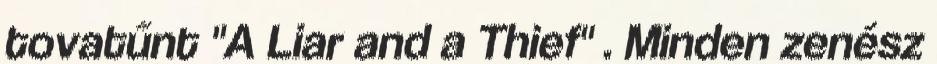
tovatűnt "A Liar and a Thief" . Minden zenész